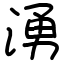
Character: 湧